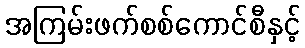
အကြမ်းဖက်စစ်ကောင်စီနှင့်